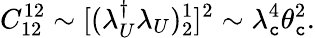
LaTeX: C_{12}^{12}\sim[(\lambda_{U}^{\dagger}\lambda_{U})_{2}^{1}]^{2}\sim\lambda_{\mathtt{c}}^{4}\theta_{\mathtt{c}}^{2}.